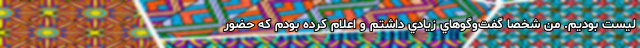
ليست بوديم. من شخصا گفت‌وگو‌هاي زيادي داشتم و اعلام کرده بودم که حضور